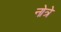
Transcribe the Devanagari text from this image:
नोत्रे